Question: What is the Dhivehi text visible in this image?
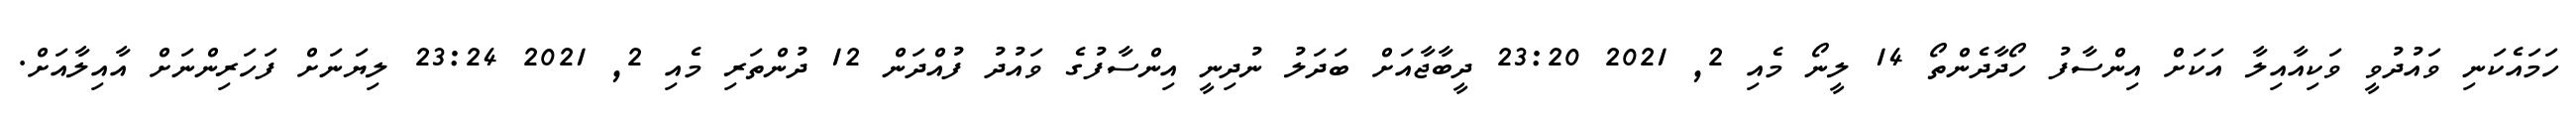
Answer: ހަމައެކަނި ވައުދުވީ ވަކިއާއިލާ އަކަށް އިންސާފު ހޯދާދެންތޯ 14 ލީނޯ މެއި 2, 2021 23:20 ދީބާޖާއަށް ބަދަލު ނުދިނީ އިންސާފުގެ ވައުދު ފުއްދަން 12 ދުންތަރި މެއި 2, 2021 23:24 ލިޔަނަށް ފަހަރިންނަށް އާއިލާއަށް.